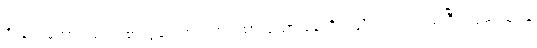
ဦးဌေးအောင်သည် စားပွဲပေါ်တွင် တင်ထားသော ဖုန်းရှိရာသို့ လှည့်ကြည့်ပြီး လှမ်းယူရန်